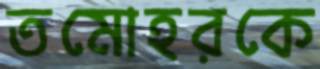
তমোহরকে